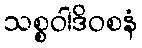
သစ္စဝါဒိဝစနံ